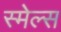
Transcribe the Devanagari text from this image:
स्‍मेल्‍स